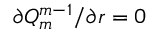
\partial Q _ { m } ^ { m - 1 } / \partial r = 0